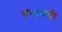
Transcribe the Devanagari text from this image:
सयामची